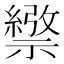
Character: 𥜄